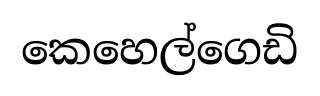
කෙහෙල්ගෙඩි